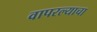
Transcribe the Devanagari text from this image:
वापरल्याचा